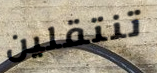
تنتقلين